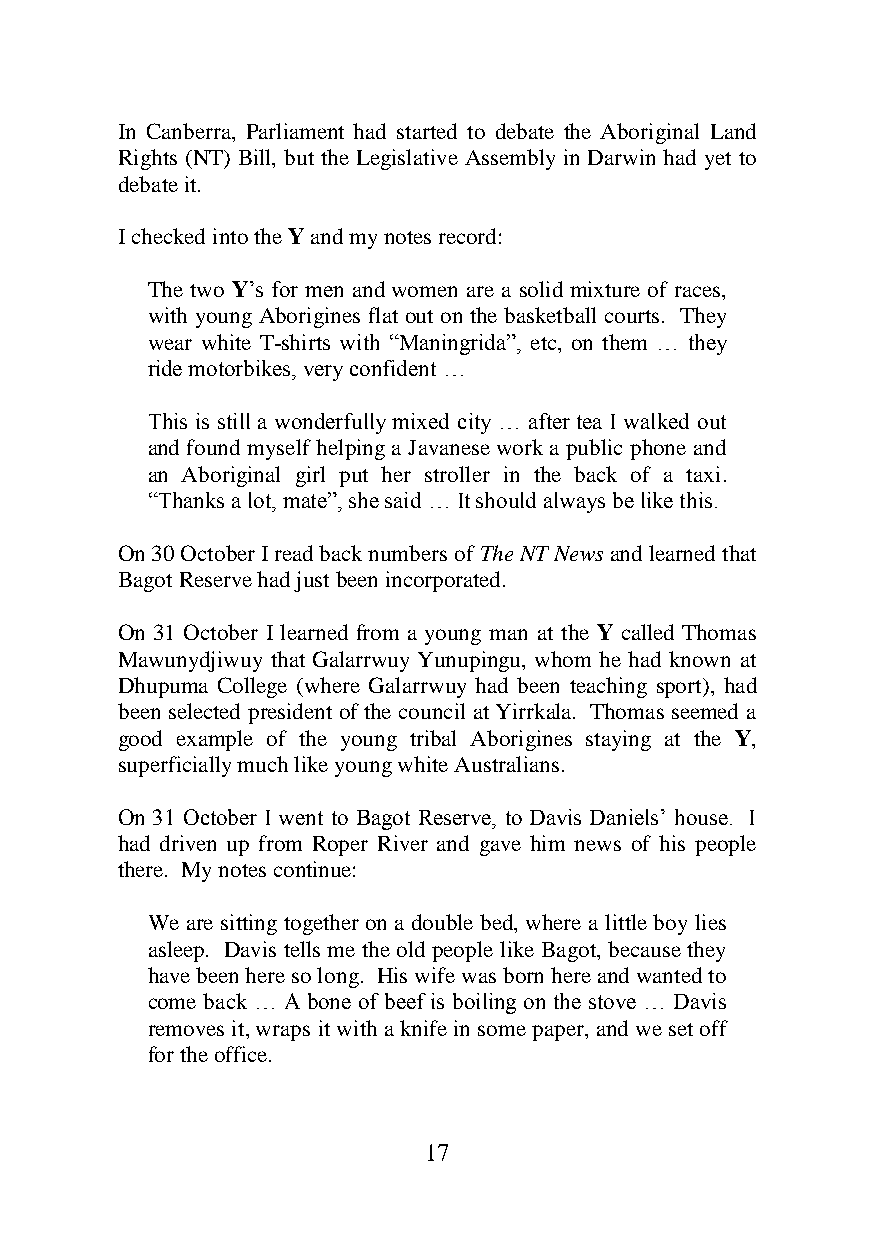
In Canberra, Parliament had started to debate the Aboriginal Land
 Rights (NT) Bill, but the Legislative Assembly in Darwin had yet to
 debate it.
 I checked into the Y and my notes record:
 The two Y’s for men and women are a solid mixture of races,
 with young Aborigines flat out on the basketball courts. They
 wear white T-shirts with “Maningrida”, etc, on them … they
 ride motorbikes, very confident …
 This is still a wonderfully mixed city … after tea I walked out
 and found myself helping a Javanese work a public phone and
 an Aboriginal girl put her stroller in the back of a taxi.
 “Thanks a lot, mate”, she said … It should always be like this.
 On 30 October I read back numbers of The NT News and learned that
 Bagot Reserve had just been incorporated.
 On 31 October I learned from a young man at the Y called Thomas
 Mawunydjiwuy that Galarrwuy Yunupingu, whom he had known at
 Dhupuma College (where Galarrwuy had been teaching sport), had
 been selected president of the council at Yirrkala. Thomas seemed a
 good example of the young tribal Aborigines staying at the Y,
 superficially much like young white Australians.
 On 31 October I went to Bagot Reserve, to Davis Daniels’ house. I
 had driven up from Roper River and gave him news of his people
 there. My notes continue:
 We are sitting together on a double bed, where a little boy lies
 asleep. Davis tells me the old people like Bagot, because they
 have been here so long. His wife was born here and wanted to
 come back … A bone of beef is boiling on the stove … Davis
 removes it, wraps it with a knife in some paper, and we set off
 for the office.
 17